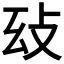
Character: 𢻽